65_HS1-834228961_62-HQ-83894_Section_4
Agency: FBI
Page 69
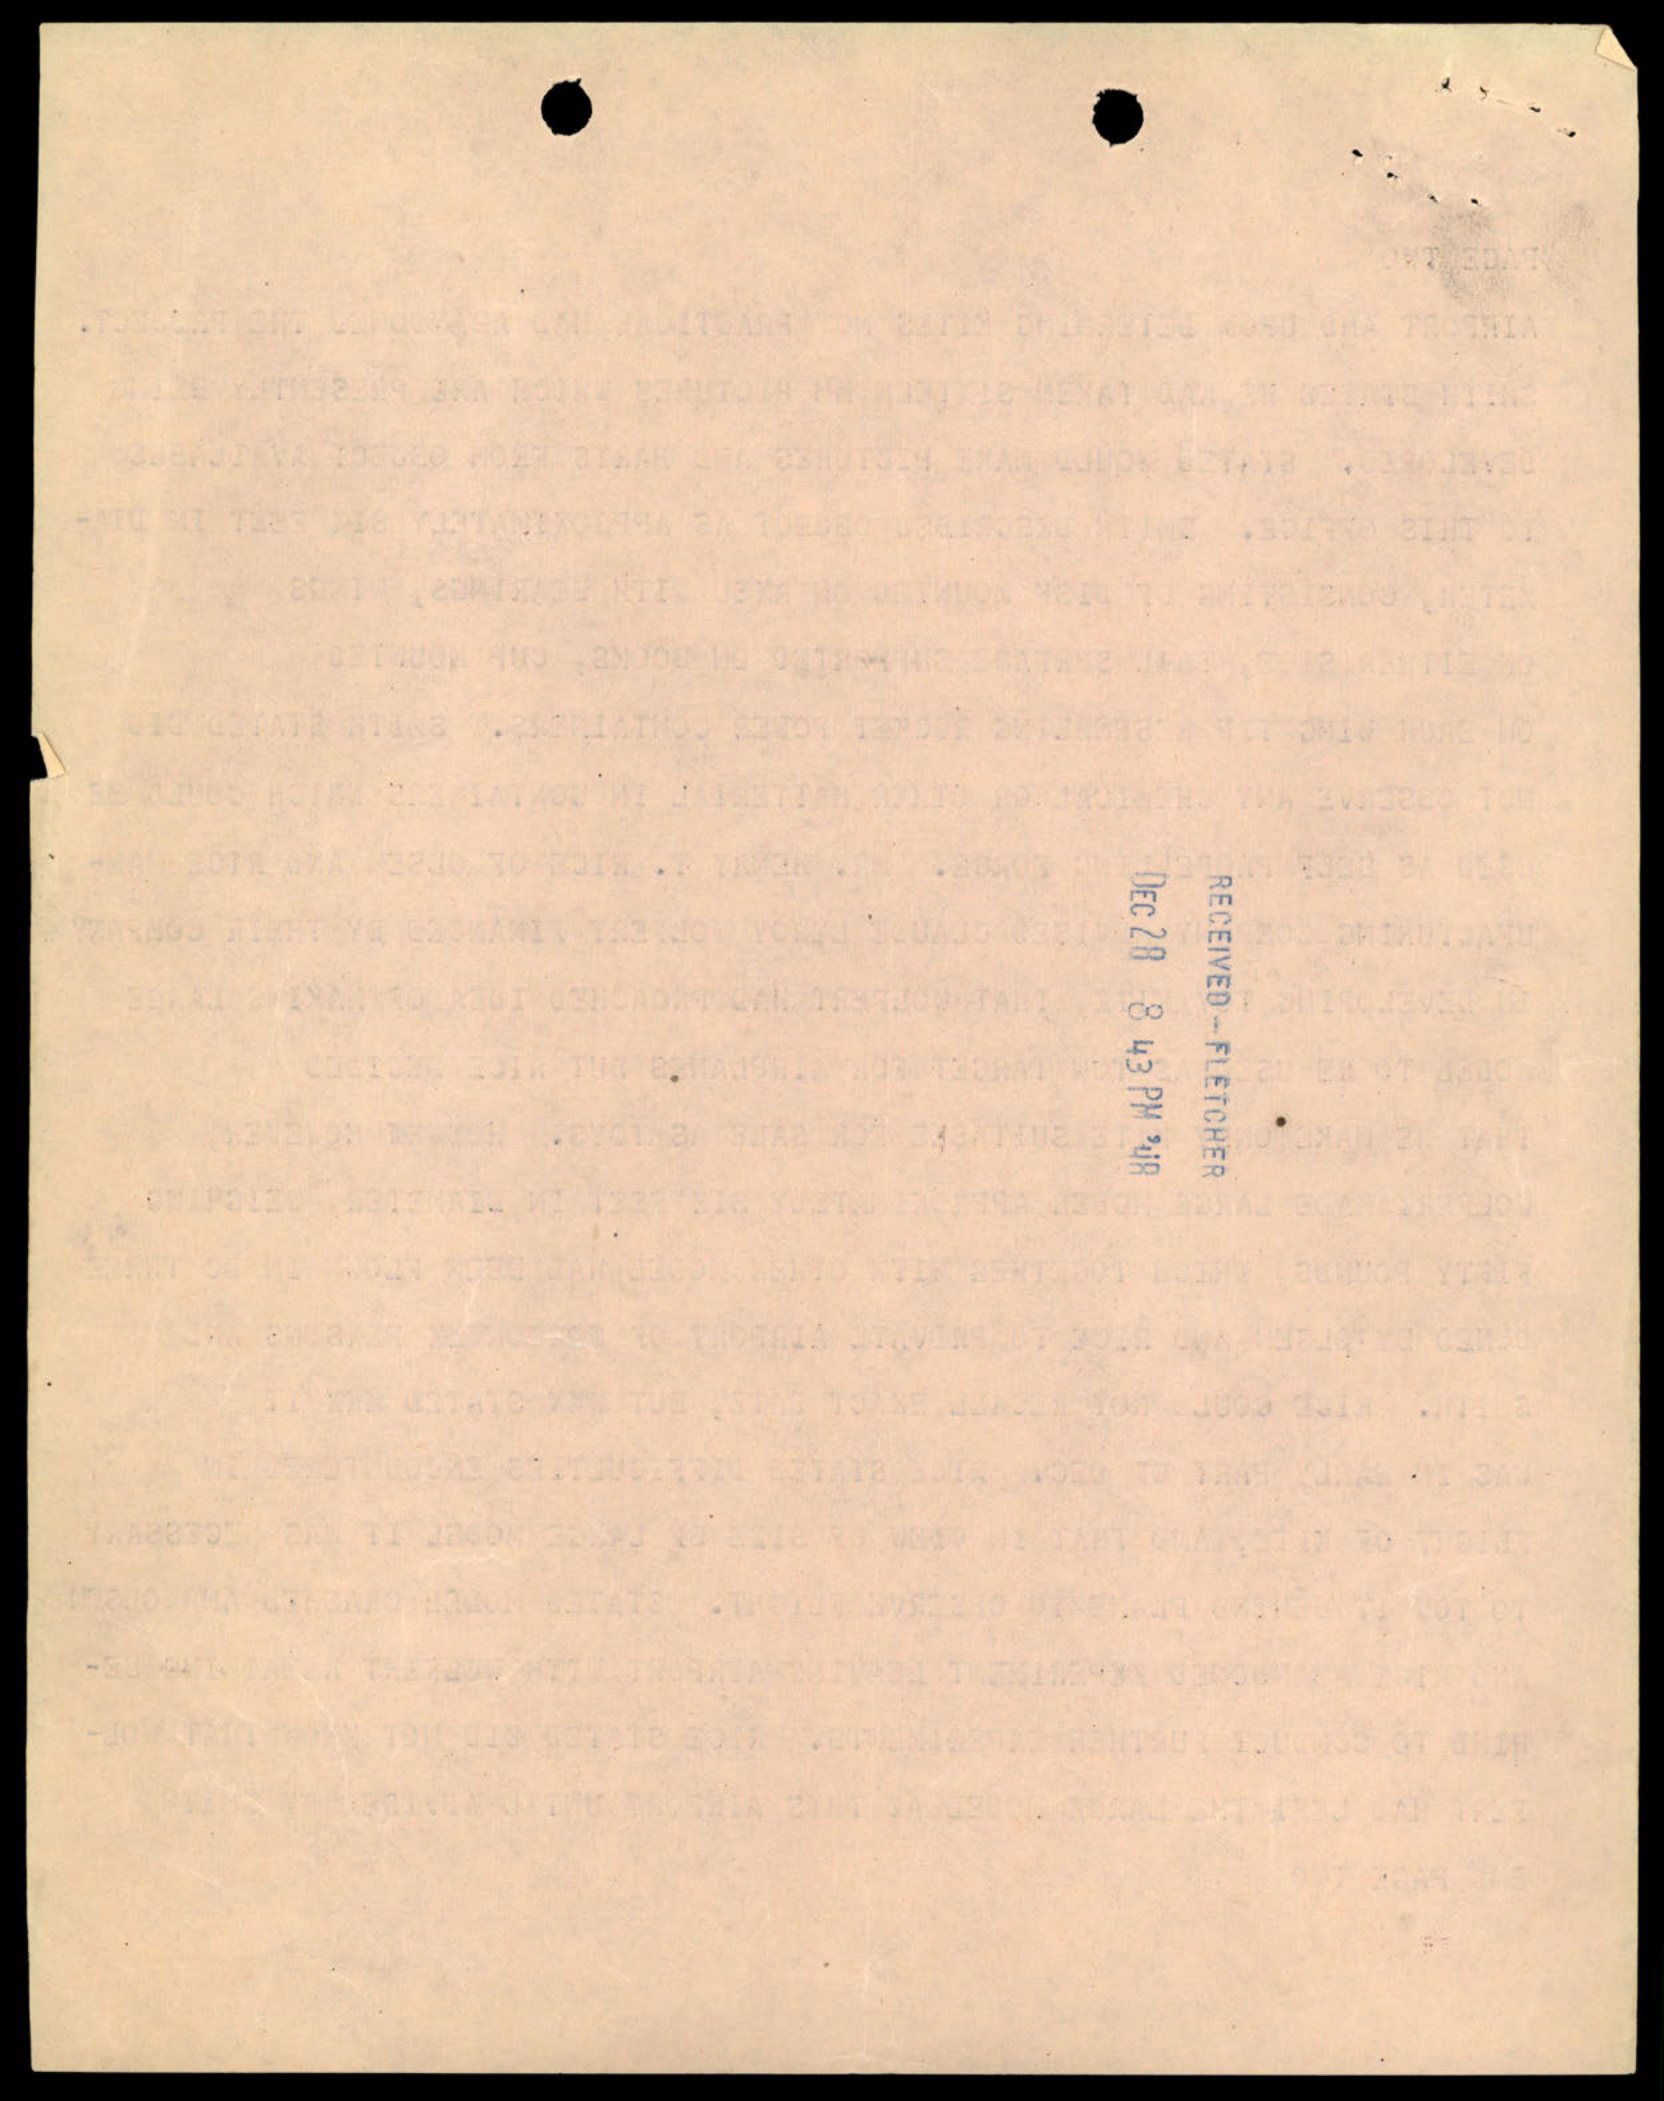